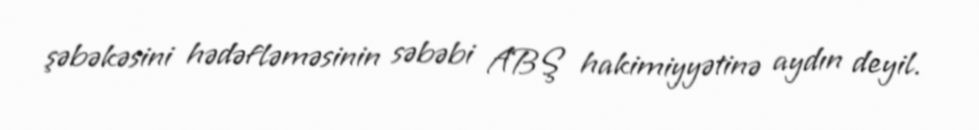
şəbəkəsini hədəfləməsinin səbəbi ABŞ hakimiyyətinə aydın deyil.